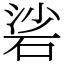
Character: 硰